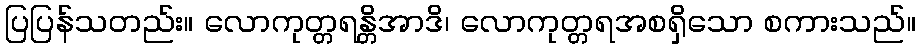
ပြပြန်သတည်း။ လောကုတ္တရန္တိအာဒိ၊ လောကုတ္တရအစရှိသော စကားသည်။